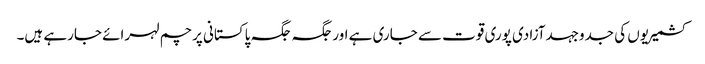
کشمیریوں کی جدوجہدآزادی پوری قوت سے جاری ہے اورجگہ جگہ پاکستانی پرچم لہرائے جارہے ہیں۔